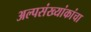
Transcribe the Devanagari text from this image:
अल्पसंख्यांकांचा